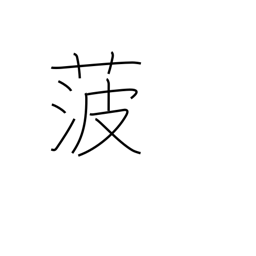
Meaning: spinach